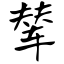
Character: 辇